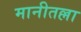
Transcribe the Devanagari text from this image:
मानीतल्ला